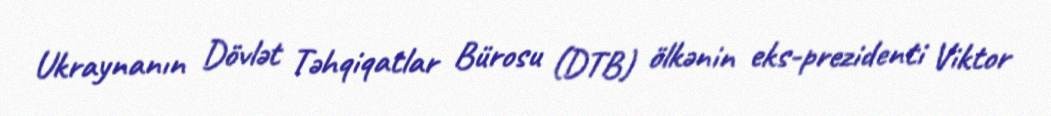
Ukraynanın Dövlət Təhqiqatlar Bürosu (DTB) ölkənin eks-prezidenti Viktor